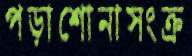
পড়াশোনাসংক্র